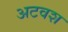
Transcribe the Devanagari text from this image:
अटवश